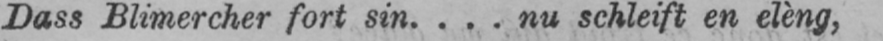
Dass Blimercher fort sin. ... nu schleift en elèng,